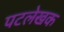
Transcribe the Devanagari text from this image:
पटलेखक